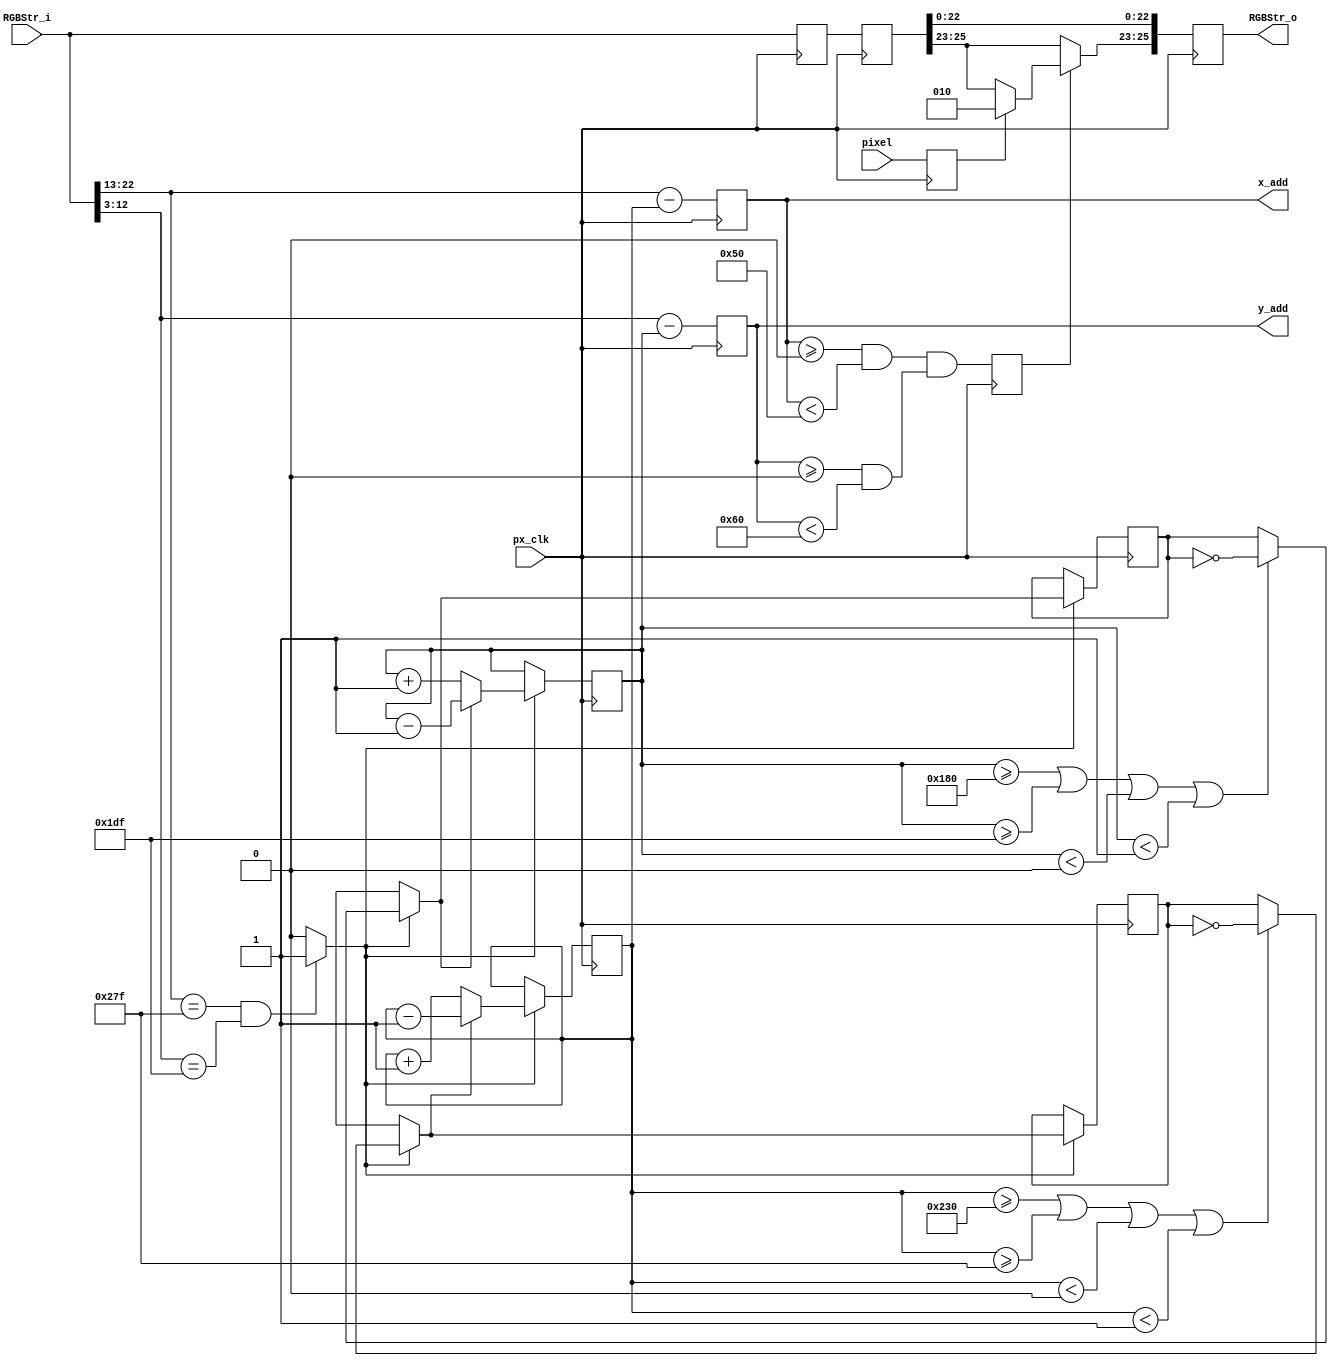
//////////////////////////////////////////////////////////////////////////////////
// Company: University of Alicante
// 
// Module Name: PxsBouncingLogo
// Description: draw bouncing Logo overlay
//
// Dependencies: 
//
// Revision: 
// Revision 0.01 - File Created
//
// Additional Comments: based on PixelStream lib from Celoxica Ltd.
//
//////////////////////////////////////////////////////////////////////////////////
module PxsBouncingLogo (
                input wire        px_clk,       // pixel clock.
                input wire [25:0] RGBStr_i,       // VGA stream
				input wire pixel,
				output wire [9:0] x_add,
				output wire [9:0] y_add,
                output reg [25:0] RGBStr_o       // 
               );

// alias 
`define Active 0:0
`define VS 1:1
`define HS 2:2
`define YC 12:3
`define XC 22:13
`define RGB 25:23
   
	// Logo dimension.
    parameter width_logo = 80;
    parameter height_logo = 96;

	// Some colors.
    parameter [2:0] black = 3'b000;
    parameter [2:0] blue  = 3'b001;
    parameter [2:0] green = 3'b010;
    parameter [2:0] white = 3'b111;

    parameter ink = green;
    parameter background = white;

    parameter border = 0;
    parameter [9:0] x_logo_min = border;
    parameter [9:0] x_logo_max = 640 - width_logo - border;
    parameter [9:0] y_logo_min = border;
    parameter [9:0] y_logo_max = 480 - height_logo - border;

	parameter [9:0] VISIBLECOLS = 640;
	parameter [9:0] VISIBLEROWS = 480;

	//speed and direction regs;
	reg [4:0] SPEED;
	reg dx,dy;
	wire endframe;
	reg [9:0] x_logo, y_logo;  // upper left logo coord
	reg [9:0] x_img, y_img;    // image coord
	reg [25:0] AuxStr1, AuxStr2;
	reg Logo, pix;
	
	// initialization of logo location, direction and speed
	initial
    begin
		x_logo <= (640 - width_logo)/2;
		y_logo <= (480 - height_logo)/2;
		dx <=0;
		dy <=0;
		SPEED <= 1;
    end
	
	assign endframe = (RGBStr_i[`XC]==VISIBLECOLS-1 && RGBStr_i[`YC]==VISIBLEROWS-1)? 1'b1 : 1'b0 ;
	assign x_add = x_img;
	assign y_add = y_img;
	
	// Stage0: calculate img coordinates
	always @(posedge px_clk)
    begin
		x_img <= RGBStr_i[`XC]-x_logo;
		y_img <= RGBStr_i[`YC]-y_logo;
		AuxStr1[`HS]<=RGBStr_i[`HS]; AuxStr1[`VS]<=RGBStr_i[`VS];
		AuxStr1[`XC]<=RGBStr_i[`XC]; AuxStr1[`YC]<=RGBStr_i[`YC];
		AuxStr1[`Active]<=RGBStr_i[`Active];
		AuxStr1[`RGB]<=RGBStr_i[`RGB];
	end
	// Stage1: read pixel
	always @(posedge px_clk)
    begin
		Logo<= (x_img >= 0 && x_img < width_logo) && (y_img >= 0 && y_img < height_logo);
		AuxStr2[`HS]<=AuxStr1[`HS]; AuxStr2[`VS]<=AuxStr1[`VS];
		AuxStr2[`XC]<=AuxStr1[`XC]; AuxStr2[`YC]<=AuxStr1[`YC];
		AuxStr2[`Active]<=AuxStr1[`Active];
		AuxStr2[`RGB]<=AuxStr1[`RGB];
		pix<=pixel;
	end		
	// Stage2: draw Logo 
	always @(posedge px_clk)
    begin
		RGBStr_o[`HS]<=AuxStr2[`HS]; RGBStr_o[`VS]<=AuxStr2[`VS];
		RGBStr_o[`XC]<=AuxStr2[`XC]; RGBStr_o[`YC]<=AuxStr2[`YC];
		RGBStr_o[`Active]<=AuxStr2[`Active];

		if(Logo)
		begin
			RGBStr_o[`RGB]<= pix? ink: AuxStr2[`RGB]; //background;
		end
		else
		begin
			RGBStr_o[`RGB]<=AuxStr2[`RGB];
		end
	end
	
	// Update logo parameters	
	always @(posedge px_clk)
    begin
		if (endframe)
		begin
				// bounce with vertical borders
				if (x_logo>=x_logo_max  || x_logo>=(VISIBLECOLS-SPEED-border) || x_logo<border || x_logo<SPEED) 
				begin	
					dx = ~ dx;
					//mute = 0;
					//code_sound <= pong;
				end
				// bounce with horizontal borders
				if (y_logo>=y_logo_max  || y_logo>=(VISIBLEROWS-SPEED-border) || y_logo<border || y_logo<SPEED) 
				begin
					dy = ~ dy;
					//mute = 0;
					//code_sound <= pong;
				end
				// update the X coordinate
				if (dx==0)
					x_logo = x_logo+SPEED;
				else 
					x_logo = x_logo-SPEED;
				//update the X coordinate
				if (dy==0)
					y_logo = y_logo+SPEED;
				else 
					y_logo = y_logo-SPEED;
				//inc velocities
				// if (inc_vel && SPEED < 20)
					// SPEED = SPEED +1;
				// else 
					// if (dec_vel && SPEED > 0) 
						// SPEED = SPEED -1;
		end		
    end
	
endmodule